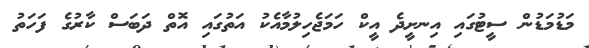
މަޑުމަޑުން ސީޓުގައި އިނށީދެ އީކް ހަމަޖެހިލުމާއެކު އަތުގައި އޮތް ދަބަސް ކާރުގެ ފަހަތު